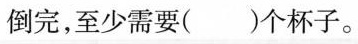
倒完，至少需要( )个杯子。